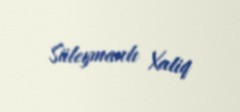
Süleymanlı Xaliq